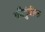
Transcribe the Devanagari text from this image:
कौटुंबीक